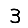
Digit: 3